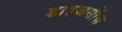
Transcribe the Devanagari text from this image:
डाइअसीज़